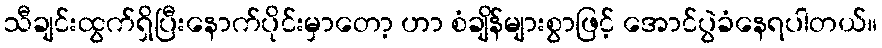
သီချင်းထွက်ရှိပြီးနောက်ပိုင်းမှာတော့ ဟာ စံချိန်များစွာဖြင့် အောင်ပွဲခံနေရပါတယ်။